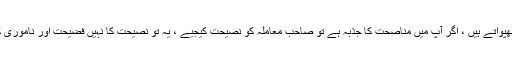
آج کے زمانے کے بڑے بڑے جغادری فیس بک پر حکمرانوں کو خط لکھتے ہیں ، اخبارات میں خط چھپواتے ہیں ، اگر آپ میں مناصحت کا جذبہ ہے تو صاحب معاملہ کو نصیحت کیجیے ، یہ تو نصیحت کا نہیں فضیحت اور ناموری کا راستہ ہے اور یہ نادان یہ سمجھتے ہیں کہ وہ بڑی جرات ، بے باکی اور عزیمت کا کام کررہے ہیں ۔